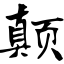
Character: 颠